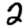
Digit: 2